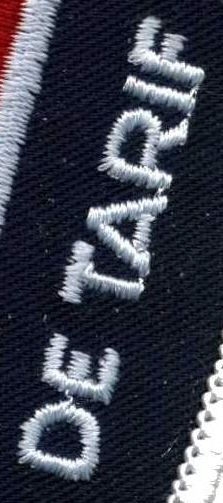
DE TARIF